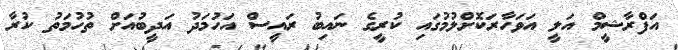
އަފްރާޝީމް އަލީ އަވަހާރަކޮށްލުމުގައި ކުރީގެ ނައިބު ރައީސް އަހުމަދު އަދީބުއަށް ތުހުމަތު ކުރާ